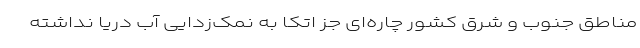
مناطق جنوب و شرق کشور چاره‌ای جز اتکا به نمک‌زدایی آب دریا نداشته